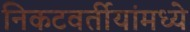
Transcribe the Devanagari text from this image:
निकटवर्तीयांमध्ये